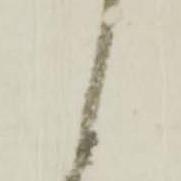
候